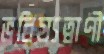
ভবিষ্যত্বাণী